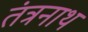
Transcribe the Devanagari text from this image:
तंत्रनाथ